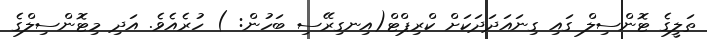
ތަލީގެ ޓޮންސިލް ގައި ގިނައަދަދަކަށް ކްރިޕްޓް(އިނގިރޭސި ބަހުން: ) ހުރެއެވެ. އަދި މިޓޮންސިލްގެ